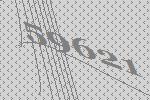
59621